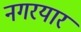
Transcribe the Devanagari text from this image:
नगरयार